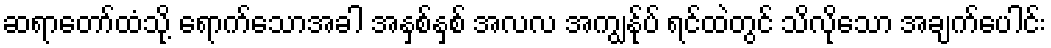
ဆရာတော်ထံသို့ ရောက်သောအခါ အနှစ်နှစ် အလလ အကျွန်ုပ် ရင်ထဲတွင် သိလိုသော အချက်ပေါင်း